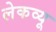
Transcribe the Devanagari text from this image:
लेकव्यू